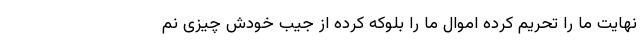
نهایت ما را تحریم کرده اموال ما را بلوکه کرده از جیب خودش چیزی نم